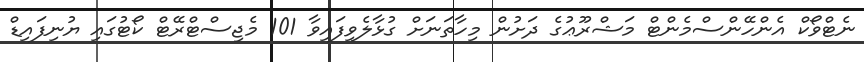
ނެޓްވޯކް އެންހޭންސްމެންޓް މަޝްރޫޢުގެ ދަށުން މިހާތަނަށް ގުޅާލެވިފައިވާ 101 މެޖިސްޓްރޭޓް ކޯޓުގައި ޔުނިފައިޑް